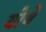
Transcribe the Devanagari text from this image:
योथे